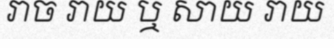
រាច រាយ ឬ សាយ រាយ